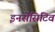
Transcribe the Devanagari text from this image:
इनसेंसिटिव